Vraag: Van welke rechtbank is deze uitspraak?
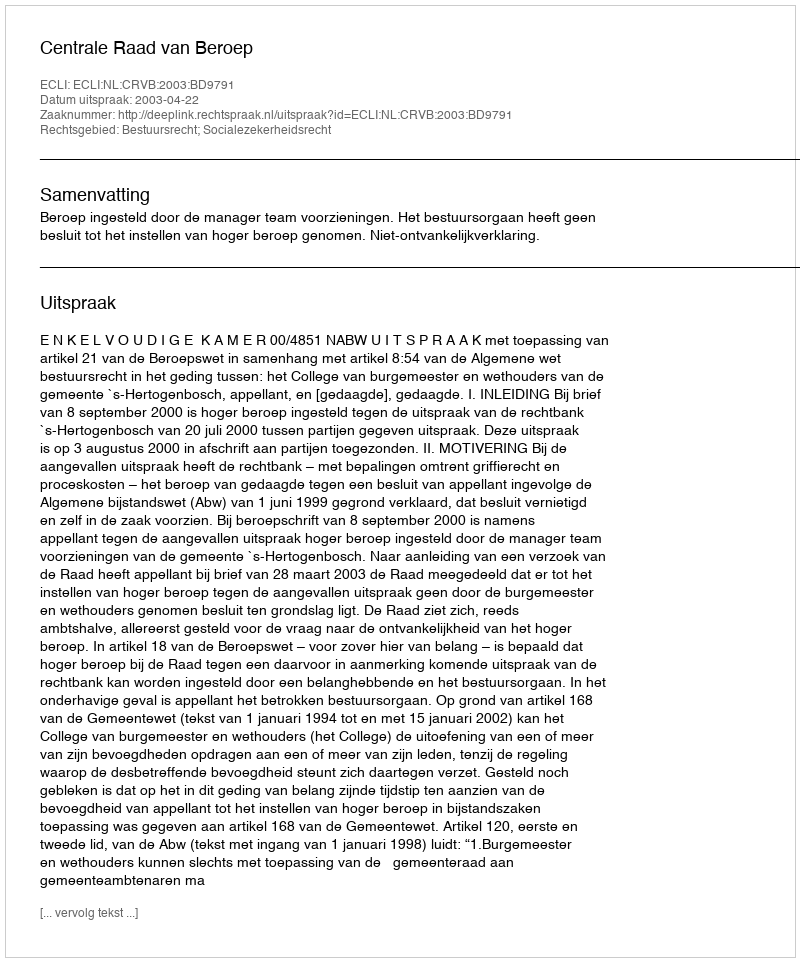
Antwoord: Centrale Raad van Beroep